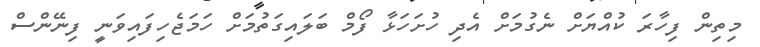
މިތިން ފިހާރަ ކުއްޔަށް ނެގުމަށް އެދި ހުށަހަޅާ ފޯމް ބަލައިގަތުމަށް ހަމަޖެހިފައިވަނީ ފިނޭންސް